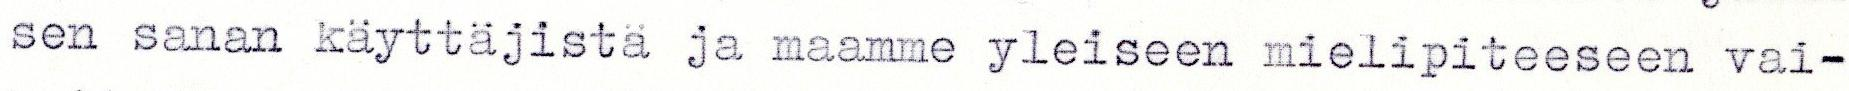
sen sanan käyttäjistä ja maamme yleiseen mielipiteeseen vai-